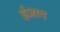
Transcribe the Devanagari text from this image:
ईज़ाद